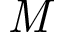
\mathit { M }